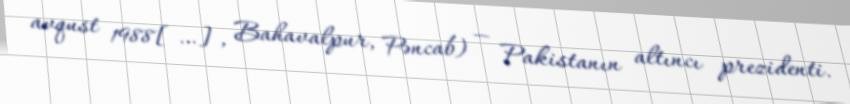
avqust 1988[…], Bahavalpur, Pəncab) — Pakistanın altıncı prezidenti.